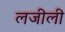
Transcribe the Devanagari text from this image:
लजीली